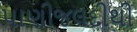
પાણીજલદીથી